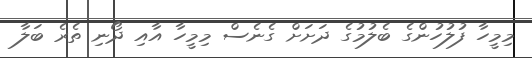
މިމީހާ ފުލުހުންގެ ބެލުމުގެ ދަށަށް ގެނެސް މިމީހާ އާއި ދޯނި ތެރެ ބަލާ